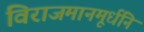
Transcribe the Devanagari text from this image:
विराजमानमूर्धनि